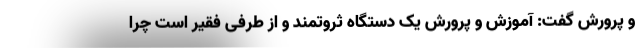
و پرورش گفت: آموزش و پرورش یک دستگاه ثروتمند و از طرفی فقیر است چرا